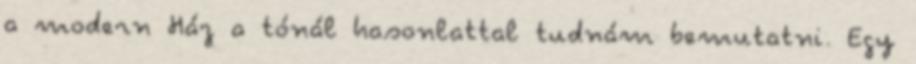
a modern Ház a tónál hasonlattal tudnám bemutatni. Egy